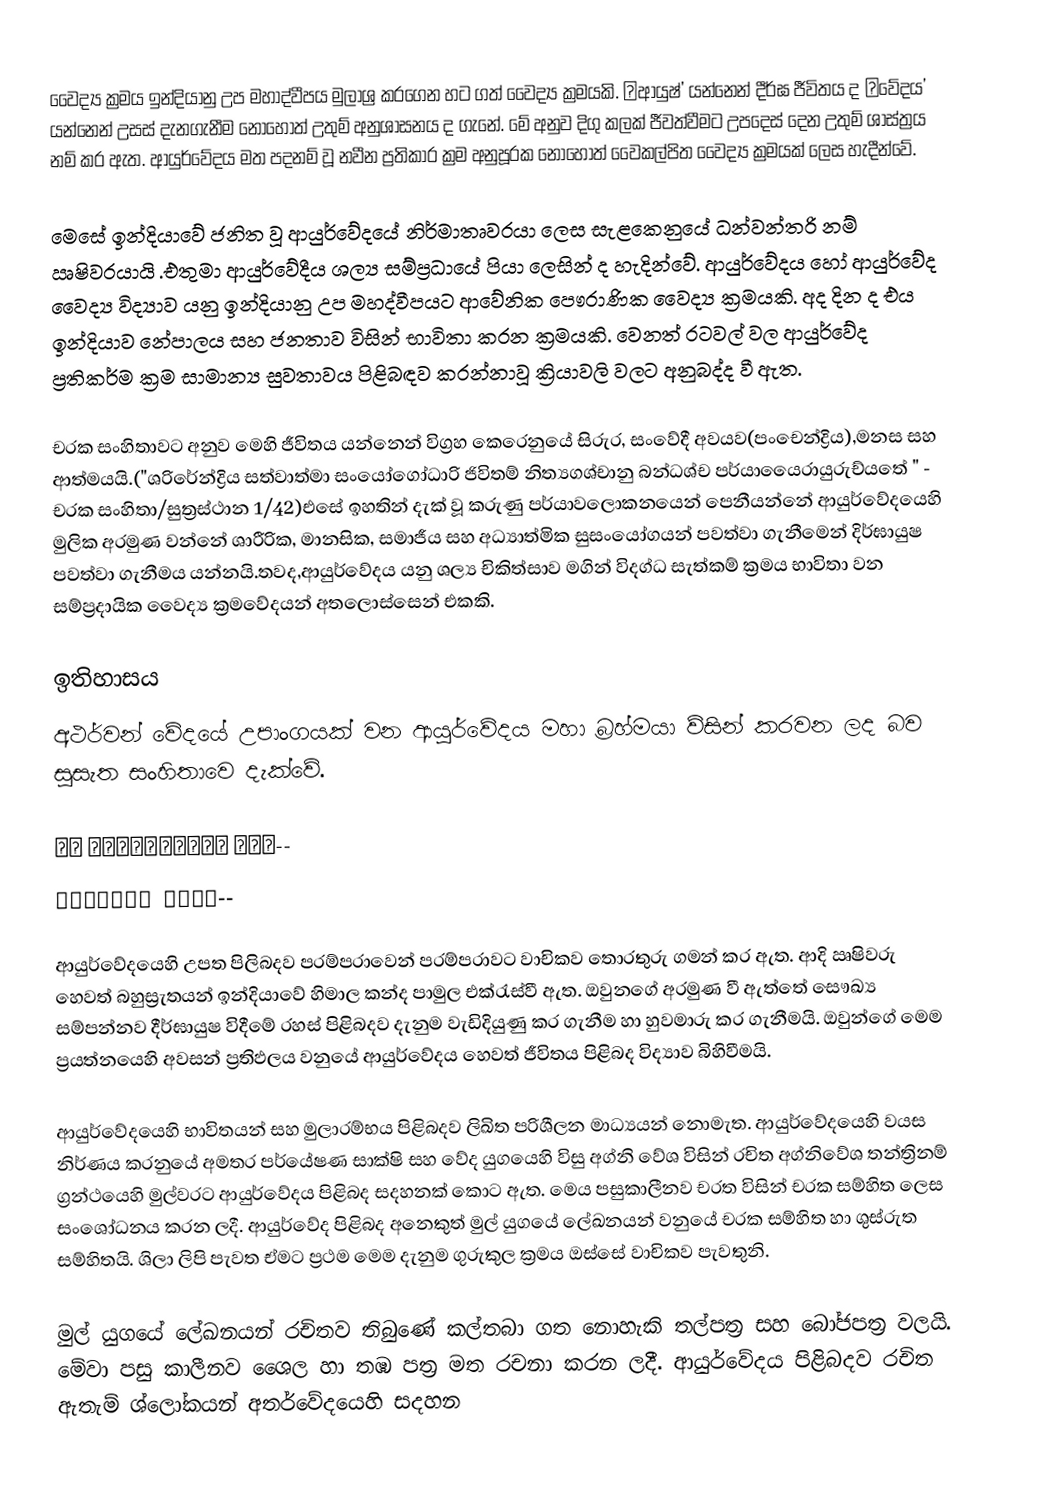
වෛද්‍ය ක්‍රමය ඉන්දියානු උප මහාද්වීපය මුලාශ්‍ර කරගෙන හට ගත්  වෛද්‍ය ක්‍රමයකි.  ‛ආයුෂ්’ යන්නෙන් දීර්ඝ ජීවිතය ද ‛වේදය’ යන්නෙන් උසස් දැනගැනීම නොහොත් උතුම් අනුශාසනය ද ගැනේ. මේ අනුව දිගු කලක් ජීවත්වීමට උපදෙස් දෙන උතුම් ශාස්ත්‍රය  නම් කර ඇත. ආයුර්වේදය මත පදනම් වූ නවීන ප්‍රතිකාර ක්‍රම අනුපූරක නොහොත් වෛකල්පිත වෛද්‍ය ක්‍රමයක් ලෙස හැදීන්වේ.

මෙසේ ඉන්දියාවේ ජනිත වූ ආයුර්වේදයේ නිර්මාතෘවරයා ලෙස සැළකෙනුයේ ධන්වන්තරි නම් ඍෂිවරයායි .එතුමා ආයුර්වේදීය ශල්‍ය සම්ප්‍රධායේ පියා ලෙසින් ද හැදින්වේ. ආයුර්වේදය හෝ ආයුර්වේද වෛද්‍ය විද්‍යාව යනු ඉන්දියානු උප මහද්වීපයට ආවේනික පෞරාණික වෛද්‍ය ක්‍රමයකි. අද දින ද එය ඉන්දියාව නේපාලය සහ ජනතාව විසින් භාවිතා කරන ක්‍රමයකි. වෙනත් රටවල් වල ආයුර්වේද ප්‍රතිකර්ම ක්‍රම සාමාන්‍ය සුවතාවය පිළිබඳව කරන්නාවූ ක්‍රියාවලි වලට අනුබද්ද වී ඇත.

චරක සංහිතාවට අනුව මෙහි ජීවිතය යන්නෙන් විග්‍රහ කෙරෙනුයේ සිරුර, සංවේදී අවයව(පංචෙන්ද්‍රිය),මනස සහ ආත්මයයි.("ශරිරේන්ද්‍රිය සත්වාත්මා සංයෝගෝධාරි ජිවිතම් නිත්‍යගශ්චානු බන්ධශ්ච පර්යායෛරායුරුච්යතේ " - චරක සංහිතා/සුත්‍රස්ථාන 1/42)එසේ ඉහතින් දැක් වූ කරුණු පර්යාවලොකනයෙන් පෙනීයන්නේ ආයුර්වේදයෙහි මුලික අරමුණ වන්නේ ශාරීරික, මානසික, සමාජීය සහ අධ්‍යාත්මික සුසංයෝගයන් පවත්වා ගැනීමෙන් දිර්ඝායුෂ පවත්වා ගැනීමය යන්නයි.තවද,ආයුර්වේදය යනු ‍ශල්‍ය චිකිත්සාව මගින් විදග්ධ සැත්කම් ක්‍රමය භාවිතා වන සම්ප්‍රදායික වෛද්‍ය ක්‍රමවේදයන් අතලොස්සෙන් එකකි.

ඉතිහාසය
අථර්වන් වේදයේ  උපාංගයක් වන ආයුර්වේදය  මහා බ්‍රහ්මයා ව්සින් කරවන ලද බව සුසැත සංහිතාවෙ දැක්වේ.

इह कलमायुवेदो नाम--
यदुपांग मतवे--

ආයුර්වේදයෙහි උපත පිලිබදව පරම්පරාවෙන් පරම්පරාවට වාචිකව තොරතුරු ගමන් කර ඇත. ආදි ඍෂිවරු හෙවත් බහුස්‍රැතයන් ඉන්දියාවේ හිමාල කන්ද පාමුල එක්රැස්වී ඇත. ඔවුනගේ අරමුණ වී ඇත්තේ සෞඛ්‍ය සම්පන්නව දීර්ඝායුෂ විදීමේ රහස් පිළිබදව දැනුම වැඩිදියුණු කර ගැනීම හා හුවමාරු කර ගැනීමයි. ඔවුන්ගේ මෙම ප්‍රයත්නයෙහි අවසන් ප්‍රතිඵලය වනුයේ ආයුර්වේදය හෙවත් ජීවිතය පිළිබද විද්‍යාව බිහිවීමයි.

ආයුර්වේදයෙහි භාවිතයන් සහ මුලාරම්භය පිළිබදව ලිඛිත පරිශීලන මාධ්‍යයන් නොමැත. ආයුර්වේදයෙහි වයස නිර්ණය කරනුයේ අමතර පර්යේෂණ සාක්ෂි සහ වේද යුගයෙහි විසු අග්නි වේශ විසින් රචිත අග්නිවේශ තන්ත්‍රිනම් ග්‍රන්ථයෙහි මුල්වරට ආයුර්වේදය පිළිබද සදහනක් කොට ඇත. මෙය පසුකාලීනව චරත විසින් චරක සම්හිත ලෙස සංශෝධනය කරන ලදී. ආයුර්වේද පිළිබද අනෙකුත් මුල් යුගයේ ලේඛනයන් වනුයේ චරක සම්හිත හා ශුස්රුත සම්හිතයි. ශිලා ලිපි පැවත ඒමට ප්‍රථම මෙම දැනුම ගුරුකුල ක්‍රමය ඔස්සේ වාචිකව පැවතුනි.

මුල් යුගයේ ලේඛනයන් රචිතව තිබුණේ කල්තබා ගත නොහැකි තල්පත්‍ර සහ බෝජපත්‍ර වලයි. මේවා පසු කාලීනව ශෛල හා තඹ පත්‍ර මත රචනා කරන ලදී. ආයුර්වේදය පිළිබදව රචිත ඇතැම් ශ්ලෝකයන් අතර්වේදයෙහි සදහන